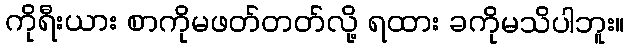
ကိုရီးယား စာကိုမဖတ်တတ်လို့ ရထား ခကိုမသိပါဘူး။